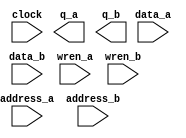
// megafunction wizard: %RAM: 2-PORT%VBB%
// GENERATION: STANDARD
// VERSION: WM1.0
// MODULE: altsyncram 

// ============================================================
// Megafunction Name(s):
// 			altsyncram
//
// Simulation Library Files(s):
// 			altera_mf
// ============================================================
// ************************************************************
// THIS IS A WIZARD-GENERATED FILE. DO NOT EDIT THIS FILE!
//
// 12.0 Build 232 07/05/2012 SP 1 SJ Web Edition
// ************************************************************

//Copyright (C) 1991-2012 Altera Corporation
//Your use of Altera Corporation's design tools, logic functions 
//and other software and tools, and its AMPP partner logic 
//functions, and any output files from any of the foregoing 
//(including device programming or simulation files), and any 
//associated documentation or information are expressly subject 
//to the terms and conditions of the Altera Program License 
//Subscription Agreement, Altera MegaCore Function License 
//Agreement, or other applicable license agreement, including, 
//without limitation, that your use is for the sole purpose of 
//programming logic devices manufactured by Altera and sold by 
//Altera or its authorized distributors.  Please refer to the 
//applicable agreement for further details.

module Cache_DataRAM (
	address_a,
	address_b,
	clock,
	data_a,
	data_b,
	wren_a,
	wren_b,
	q_a,
	q_b);

	input	[10:0]  address_a;
	input	[10:0]  address_b;
	input	  clock;
	input	[17:0]  data_a;
	input	[17:0]  data_b;
	input	  wren_a;
	input	  wren_b;
	output	[17:0]  q_a;
	output	[17:0]  q_b;
`ifndef ALTERA_RESERVED_QIS
// synopsys translate_off
`endif
	tri1	  clock;
	tri0	  wren_a;
	tri0	  wren_b;
`ifndef ALTERA_RESERVED_QIS
// synopsys translate_on
`endif

endmodule

// ============================================================
// CNX file retrieval info
// ============================================================
// Retrieval info: PRIVATE: ADDRESSSTALL_A NUMERIC "0"
// Retrieval info: PRIVATE: ADDRESSSTALL_B NUMERIC "0"
// Retrieval info: PRIVATE: BYTEENA_ACLR_A NUMERIC "0"
// Retrieval info: PRIVATE: BYTEENA_ACLR_B NUMERIC "0"
// Retrieval info: PRIVATE: BYTE_ENABLE_A NUMERIC "0"
// Retrieval info: PRIVATE: BYTE_ENABLE_B NUMERIC "0"
// Retrieval info: PRIVATE: BYTE_SIZE NUMERIC "9"
// Retrieval info: PRIVATE: BlankMemory NUMERIC "1"
// Retrieval info: PRIVATE: CLOCK_ENABLE_INPUT_A NUMERIC "0"
// Retrieval info: PRIVATE: CLOCK_ENABLE_INPUT_B NUMERIC "0"
// Retrieval info: PRIVATE: CLOCK_ENABLE_OUTPUT_A NUMERIC "0"
// Retrieval info: PRIVATE: CLOCK_ENABLE_OUTPUT_B NUMERIC "0"
// Retrieval info: PRIVATE: CLRdata NUMERIC "0"
// Retrieval info: PRIVATE: CLRq NUMERIC "0"
// Retrieval info: PRIVATE: CLRrdaddress NUMERIC "0"
// Retrieval info: PRIVATE: CLRrren NUMERIC "0"
// Retrieval info: PRIVATE: CLRwraddress NUMERIC "0"
// Retrieval info: PRIVATE: CLRwren NUMERIC "0"
// Retrieval info: PRIVATE: Clock NUMERIC "0"
// Retrieval info: PRIVATE: Clock_A NUMERIC "0"
// Retrieval info: PRIVATE: Clock_B NUMERIC "0"
// Retrieval info: PRIVATE: IMPLEMENT_IN_LES NUMERIC "0"
// Retrieval info: PRIVATE: INDATA_ACLR_B NUMERIC "0"
// Retrieval info: PRIVATE: INDATA_REG_B NUMERIC "1"
// Retrieval info: PRIVATE: INIT_FILE_LAYOUT STRING "PORT_A"
// Retrieval info: PRIVATE: INIT_TO_SIM_X NUMERIC "0"
// Retrieval info: PRIVATE: INTENDED_DEVICE_FAMILY STRING "Cyclone III"
// Retrieval info: PRIVATE: JTAG_ENABLED NUMERIC "0"
// Retrieval info: PRIVATE: JTAG_ID STRING "NONE"
// Retrieval info: PRIVATE: MAXIMUM_DEPTH NUMERIC "0"
// Retrieval info: PRIVATE: MEMSIZE NUMERIC "36864"
// Retrieval info: PRIVATE: MEM_IN_BITS NUMERIC "0"
// Retrieval info: PRIVATE: MIFfilename STRING ""
// Retrieval info: PRIVATE: OPERATION_MODE NUMERIC "3"
// Retrieval info: PRIVATE: OUTDATA_ACLR_B NUMERIC "0"
// Retrieval info: PRIVATE: OUTDATA_REG_B NUMERIC "0"
// Retrieval info: PRIVATE: RAM_BLOCK_TYPE NUMERIC "0"
// Retrieval info: PRIVATE: READ_DURING_WRITE_MODE_MIXED_PORTS NUMERIC "2"
// Retrieval info: PRIVATE: READ_DURING_WRITE_MODE_PORT_A NUMERIC "3"
// Retrieval info: PRIVATE: READ_DURING_WRITE_MODE_PORT_B NUMERIC "3"
// Retrieval info: PRIVATE: REGdata NUMERIC "1"
// Retrieval info: PRIVATE: REGq NUMERIC "0"
// Retrieval info: PRIVATE: REGrdaddress NUMERIC "0"
// Retrieval info: PRIVATE: REGrren NUMERIC "0"
// Retrieval info: PRIVATE: REGwraddress NUMERIC "1"
// Retrieval info: PRIVATE: REGwren NUMERIC "1"
// Retrieval info: PRIVATE: SYNTH_WRAPPER_GEN_POSTFIX STRING "0"
// Retrieval info: PRIVATE: USE_DIFF_CLKEN NUMERIC "0"
// Retrieval info: PRIVATE: UseDPRAM NUMERIC "1"
// Retrieval info: PRIVATE: VarWidth NUMERIC "0"
// Retrieval info: PRIVATE: WIDTH_READ_A NUMERIC "18"
// Retrieval info: PRIVATE: WIDTH_READ_B NUMERIC "18"
// Retrieval info: PRIVATE: WIDTH_WRITE_A NUMERIC "18"
// Retrieval info: PRIVATE: WIDTH_WRITE_B NUMERIC "18"
// Retrieval info: PRIVATE: WRADDR_ACLR_B NUMERIC "0"
// Retrieval info: PRIVATE: WRADDR_REG_B NUMERIC "1"
// Retrieval info: PRIVATE: WRCTRL_ACLR_B NUMERIC "0"
// Retrieval info: PRIVATE: enable NUMERIC "0"
// Retrieval info: PRIVATE: rden NUMERIC "0"
// Retrieval info: LIBRARY: altera_mf altera_mf.altera_mf_components.all
// Retrieval info: CONSTANT: ADDRESS_REG_B STRING "CLOCK0"
// Retrieval info: CONSTANT: CLOCK_ENABLE_INPUT_A STRING "BYPASS"
// Retrieval info: CONSTANT: CLOCK_ENABLE_INPUT_B STRING "BYPASS"
// Retrieval info: CONSTANT: CLOCK_ENABLE_OUTPUT_A STRING "BYPASS"
// Retrieval info: CONSTANT: CLOCK_ENABLE_OUTPUT_B STRING "BYPASS"
// Retrieval info: CONSTANT: INDATA_REG_B STRING "CLOCK0"
// Retrieval info: CONSTANT: INTENDED_DEVICE_FAMILY STRING "Cyclone III"
// Retrieval info: CONSTANT: LPM_TYPE STRING "altsyncram"
// Retrieval info: CONSTANT: NUMWORDS_A NUMERIC "2048"
// Retrieval info: CONSTANT: NUMWORDS_B NUMERIC "2048"
// Retrieval info: CONSTANT: OPERATION_MODE STRING "BIDIR_DUAL_PORT"
// Retrieval info: CONSTANT: OUTDATA_ACLR_A STRING "NONE"
// Retrieval info: CONSTANT: OUTDATA_ACLR_B STRING "NONE"
// Retrieval info: CONSTANT: OUTDATA_REG_A STRING "UNREGISTERED"
// Retrieval info: CONSTANT: OUTDATA_REG_B STRING "UNREGISTERED"
// Retrieval info: CONSTANT: POWER_UP_UNINITIALIZED STRING "FALSE"
// Retrieval info: CONSTANT: READ_DURING_WRITE_MODE_MIXED_PORTS STRING "DONT_CARE"
// Retrieval info: CONSTANT: READ_DURING_WRITE_MODE_PORT_A STRING "NEW_DATA_NO_NBE_READ"
// Retrieval info: CONSTANT: READ_DURING_WRITE_MODE_PORT_B STRING "NEW_DATA_NO_NBE_READ"
// Retrieval info: CONSTANT: WIDTHAD_A NUMERIC "11"
// Retrieval info: CONSTANT: WIDTHAD_B NUMERIC "11"
// Retrieval info: CONSTANT: WIDTH_A NUMERIC "18"
// Retrieval info: CONSTANT: WIDTH_B NUMERIC "18"
// Retrieval info: CONSTANT: WIDTH_BYTEENA_A NUMERIC "1"
// Retrieval info: CONSTANT: WIDTH_BYTEENA_B NUMERIC "1"
// Retrieval info: CONSTANT: WRCONTROL_WRADDRESS_REG_B STRING "CLOCK0"
// Retrieval info: USED_PORT: address_a 0 0 11 0 INPUT NODEFVAL "address_a[10..0]"
// Retrieval info: USED_PORT: address_b 0 0 11 0 INPUT NODEFVAL "address_b[10..0]"
// Retrieval info: USED_PORT: clock 0 0 0 0 INPUT VCC "clock"
// Retrieval info: USED_PORT: data_a 0 0 18 0 INPUT NODEFVAL "data_a[17..0]"
// Retrieval info: USED_PORT: data_b 0 0 18 0 INPUT NODEFVAL "data_b[17..0]"
// Retrieval info: USED_PORT: q_a 0 0 18 0 OUTPUT NODEFVAL "q_a[17..0]"
// Retrieval info: USED_PORT: q_b 0 0 18 0 OUTPUT NODEFVAL "q_b[17..0]"
// Retrieval info: USED_PORT: wren_a 0 0 0 0 INPUT GND "wren_a"
// Retrieval info: USED_PORT: wren_b 0 0 0 0 INPUT GND "wren_b"
// Retrieval info: CONNECT: @address_a 0 0 11 0 address_a 0 0 11 0
// Retrieval info: CONNECT: @address_b 0 0 11 0 address_b 0 0 11 0
// Retrieval info: CONNECT: @clock0 0 0 0 0 clock 0 0 0 0
// Retrieval info: CONNECT: @data_a 0 0 18 0 data_a 0 0 18 0
// Retrieval info: CONNECT: @data_b 0 0 18 0 data_b 0 0 18 0
// Retrieval info: CONNECT: @wren_a 0 0 0 0 wren_a 0 0 0 0
// Retrieval info: CONNECT: @wren_b 0 0 0 0 wren_b 0 0 0 0
// Retrieval info: CONNECT: q_a 0 0 18 0 @q_a 0 0 18 0
// Retrieval info: CONNECT: q_b 0 0 18 0 @q_b 0 0 18 0
// Retrieval info: GEN_FILE: TYPE_NORMAL Cache_DataRAM.v TRUE
// Retrieval info: GEN_FILE: TYPE_NORMAL Cache_DataRAM.inc FALSE
// Retrieval info: GEN_FILE: TYPE_NORMAL Cache_DataRAM.cmp FALSE
// Retrieval info: GEN_FILE: TYPE_NORMAL Cache_DataRAM.bsf FALSE
// Retrieval info: GEN_FILE: TYPE_NORMAL Cache_DataRAM_inst.v FALSE
// Retrieval info: GEN_FILE: TYPE_NORMAL Cache_DataRAM_bb.v TRUE
// Retrieval info: LIB_FILE: altera_mf